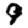
Digit: 9